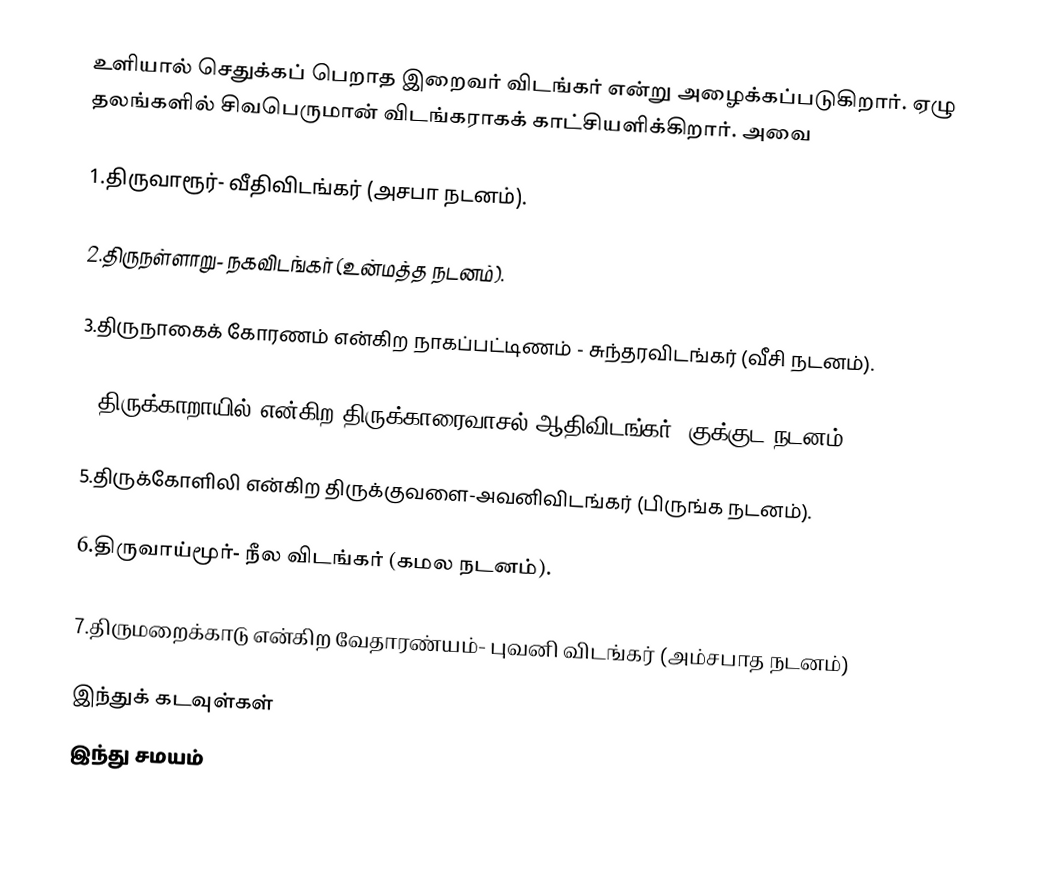
உளியால் செதுக்கப் பெறாத இறைவர் விடங்கர் என்று அழைக்கப்படுகிறார். ஏழு தலங்களில் சிவபெருமான் விடங்கராகக் காட்சியளிக்கிறார். அவை

1.திருவாரூர்- வீதிவிடங்கர் (அசபா நடனம்).

2.திருநள்ளாறு- நகவிடங்கர் (உன்மத்த நடனம்).

3.திருநாகைக் கோரணம் என்கிற நாகப்பட்டிணம் - சுந்தரவிடங்கர் (வீசி நடனம்).

4.திருக்காறாயில் என்கிற திருக்காரைவாசல்-ஆதிவிடங்கர் (குக்குட நடனம்).

5.திருக்கோளிலி என்கிற திருக்குவளை-அவனிவிடங்கர் (பிருங்க நடனம்).

6.திருவாய்மூர்- நீல விடங்கர் (கமல நடனம்).

7.திருமறைக்காடு என்கிற வேதாரண்யம்- புவனி விடங்கர் (அம்சபாத நடனம்)

 இந்துக் கடவுள்கள்
 இந்து சமயம்